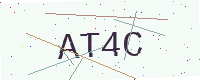
Text: AT4C